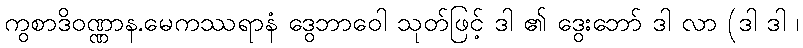
ကွစာဒိဝဏ္ဏာန.မေကဿရာနံ ဒွေဘာဝေါ သုတ်ဖြင့် ဒါ ၏ ဒွေးဘော် ဒါ လာ (ဒါ ဒါ ၊